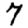
Digit: 7